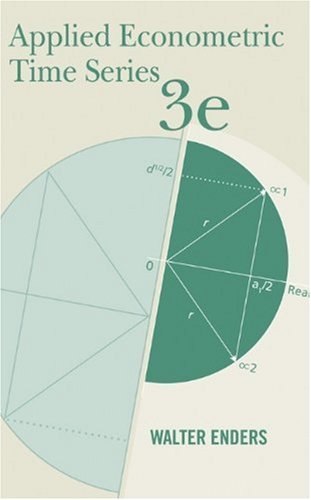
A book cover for Applied Econometric Time Series; Walter Enders; Business & Money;